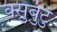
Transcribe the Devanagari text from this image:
क्सुबुंटु